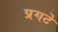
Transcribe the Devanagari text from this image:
प्रगटे